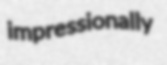
impressionally